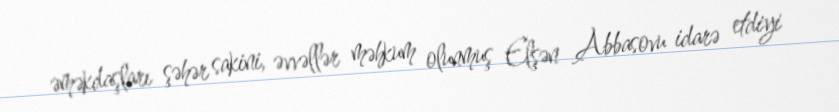
əməkdaşları şəhər sakini, əvvəllər məhkum olunmuş Elşən Abbasovu idarə etdiyi